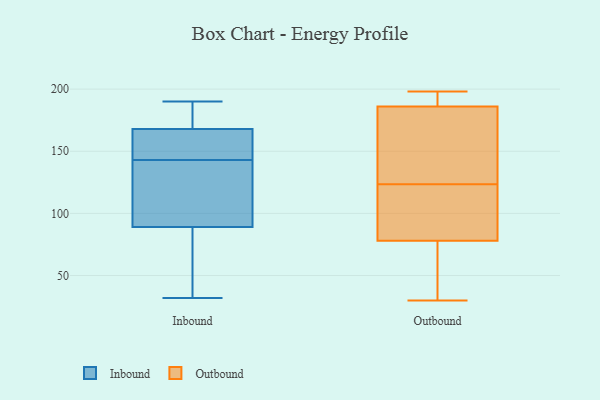
{"axis": {"x": "Churn Rate (%)", "y": "Value"}, "legend": ["Inbound", "Outbound"], "data": [{"x": "", "y": 150, "type": "Inbound"}, {"x": "", "y": 136, "type": "Inbound"}, {"x": "", "y": 152, "type": "Inbound"}, {"x": "", "y": 171, "type": "Inbound"}, {"x": "", "y": 159, "type": "Inbound"}, {"x": "", "y": 32, "type": "Inbound"}, {"x": "", "y": 181, "type": "Inbound"}, {"x": "", "y": 177, "type": "Inbound"}, {"x": "", "y": 190, "type": "Inbound"}, {"x": "", "y": 143, "type": "Inbound"}, {"x": "", "y": 38, "type": "Inbound"}, {"x": "", "y": 61, "type": "Inbound"}, {"x": "", "y": 55, "type": "Inbound"}, {"x": "", "y": 88, "type": "Inbound"}, {"x": "", "y": 118, "type": "Inbound"}, {"x": "", "y": 92, "type": "Inbound"}, {"x": "", "y": 101, "type": "Inbound"}, {"x": "", "y": 154, "type": "Inbound"}, {"x": "", "y": 175, "type": "Inbound"}, {"x": "", "y": 81, "type": "Outbound"}, {"x": "", "y": 198, "type": "Outbound"}, {"x": "", "y": 30, "type": "Outbound"}, {"x": "", "y": 186, "type": "Outbound"}, {"x": "", "y": 133, "type": "Outbound"}, {"x": "", "y": 186, "type": "Outbound"}, {"x": "", "y": 46, "type": "Outbound"}, {"x": "", "y": 78, "type": "Outbound"}, {"x": "", "y": 180, "type": "Outbound"}, {"x": "", "y": 114, "type": "Outbound"}]}